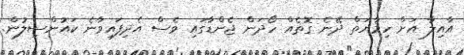
އާއިލާ އަށް ހިމާޔަތް ދޭނެ ގޮތެއް ހޯދަން ޖެންޑާގައި ވެސް އެދިފައިވާނެ ކައުންސިލުން.